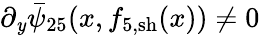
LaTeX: \partial_{\mathit{y}}\bar{{\psi}}_{25}(x,f_{5,\mathrm{{sh}}}(x))\neq0